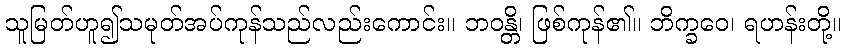
သူမြတ်ဟူ၍သမုတ်အပ်ကုန်သည်လည်းကောင်း။ ဘဝန္တိ၊ ဖြစ်ကုန်၏။ ဘိက္ခဝေ၊ ရဟန်းတို့။